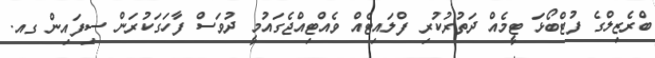
ބްރެޒިލްގެ ފުޓްބޯޅަ ޓީމެއް ދަތުރުކުރި ފްލައިޓެއް ވެއްޓިއްޖެގައުމީ ދުވަސް ފާހަގަކުރަން ސިފައިން ގއ.